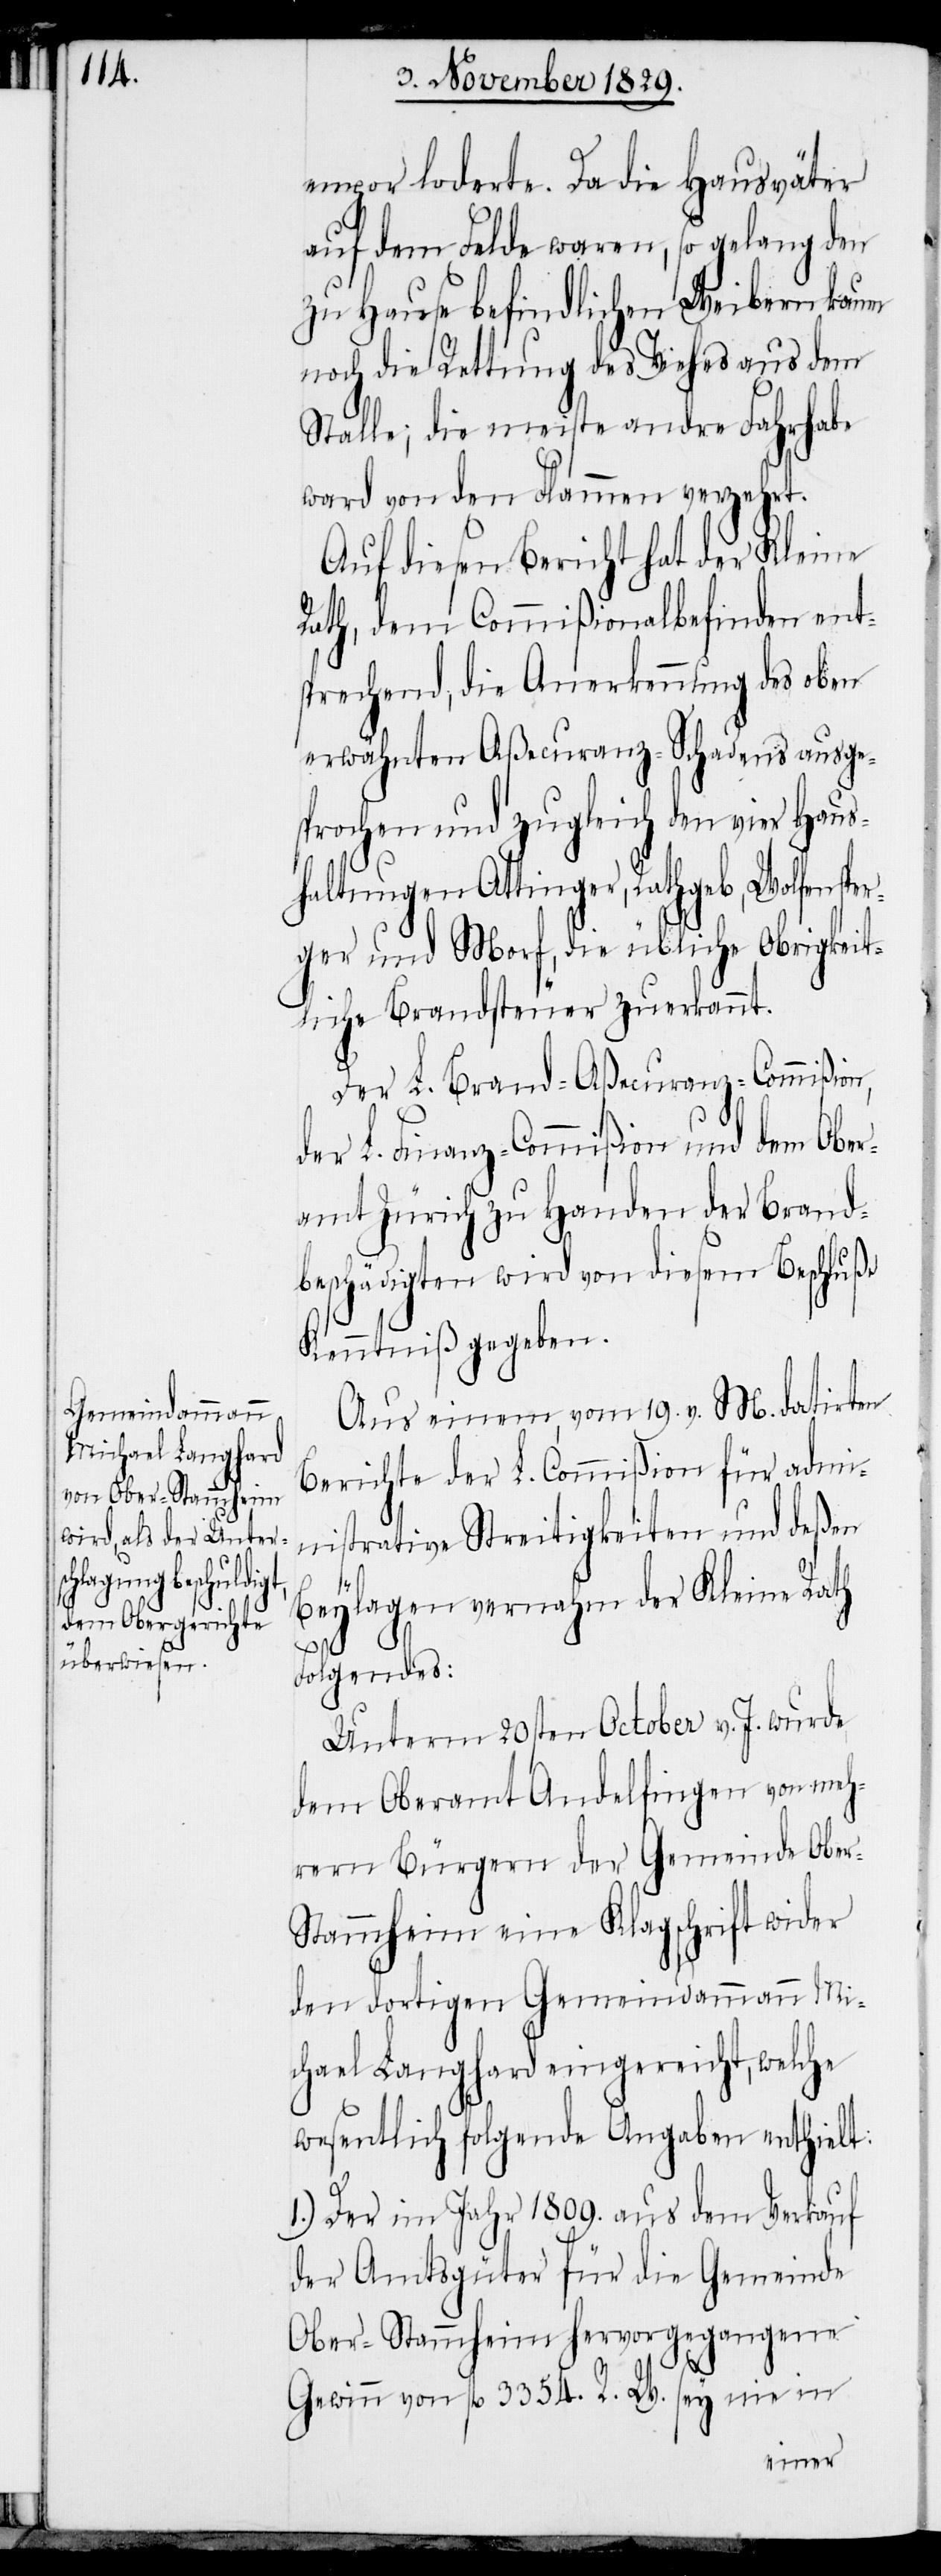
empor loderte. Da die Hausväter
auf dem Felde waren, so gelang den
zu Hause befindlichen Weibern kaum
noch die Rettung des Viehes aus dem
Stalle; die meiste andre Fahrhabe
war von den Flammen verzehrt.
Auf diesen Bericht hat der Kleine
Rath, dem Commißionalbefinden ent¬
sprechend, die Anerkennung des oben
erwähnten Aßecuranz-Schadens ausge¬
sprochen und zugleich den vier Haus¬
haltungen Attinger, Rathgeb, Wolfenspe¬
rger und Morf, die übliche obrigkeit¬
liche Brandsteuer zuerkannt.
Der L. Brand-Aßecuranz-Commißion,
der L. Finanz-Commißion und den Ober¬
amt Zürich zu Handen der Brand¬
beschädigten wird von diesem Beschluß
Kenntniß gegeben.
Aus einem, vom 19. v. M. datirten
Berichte der L. Commißion für admi¬
nistrative Streitigkeiten und deßen
Beylagen vernahm der Kleine Rath
Folgendes:
Unterm 20sten October v. J. wurde
dem Oberamt Andelfingen von meh¬
rern Bürgern der Gemeinde Obe¬
r-Stammheim eine Klagschrift wider
den dortigen Gemeindammann Mi¬
chael Langhard eingereicht, welche
wesentlich folgende Angaben enthielt:
1.) Der im Jahr 1809. aus dem Verkauf
der Amtsgüter für die Gemeinde
Ober-Stammheim hervorgegangene
Gewinn von fl. 3354. R. W. sey nie in